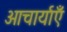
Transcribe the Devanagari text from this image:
आचार्याएँ